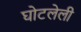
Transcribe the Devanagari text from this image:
घोटलेली